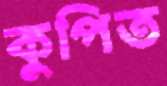
কুপিত